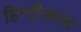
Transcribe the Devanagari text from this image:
हिन्दीजगत